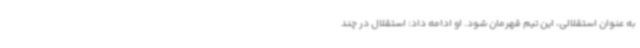
به عنوان استقلالی، این تیم قهرمان شود. او ادامه داد: استقلال در چند